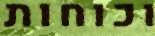
וכוחות